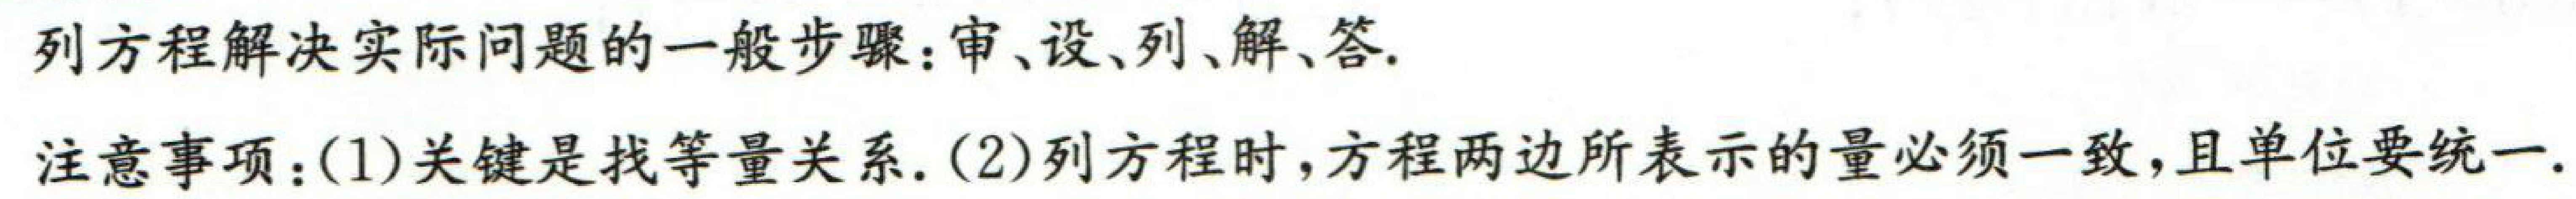
列方程解决实际问题的一般步骤：审、设、列、解、答.

注意事项：(1)关键是找等量关系. (2)列方程时，方程两边所表示的量必须一致，且单位要统一.